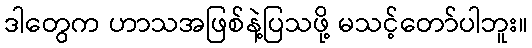
ဒါတွေက ဟာသအဖြစ်နဲ့ပြသဖို့ မသင့်တော်ပါဘူး။